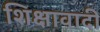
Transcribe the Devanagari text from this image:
शिक्षावादी